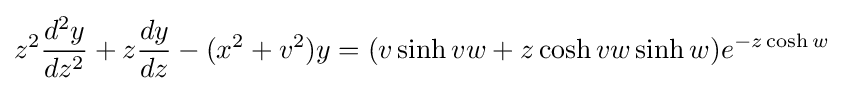
z^{2}{\dfrac {d^{2}y}{dz^{2}}}+z{\dfrac {dy}{dz}}-(x^{2}+v^{2})y=(v\sinh vw+z\cosh vw\sinh w)e^{-z\cosh w}